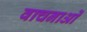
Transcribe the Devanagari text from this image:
वाचनाओं